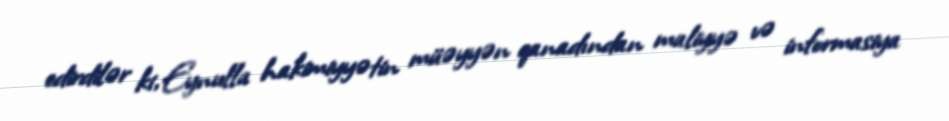
edirdilər ki, Eynulla hakimiyyətin müəyyən qanadından maliyyə və informasiya